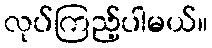
လုပ်ကြည့်ပါမယ်။